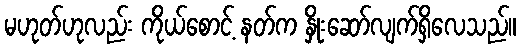
မဟုတ်ဟုလည်း ကိုယ်စောင့် နတ်က နှိုးဆော်လျက်ရှိလေသည်။